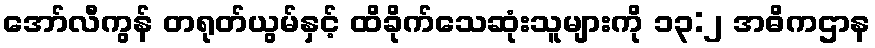
အော်လီကွန် တရုတ်ယွမ်နှင့် ထိခိုက်သေဆုံးသူများကို ၁၃:၂ အဓိကဌာန